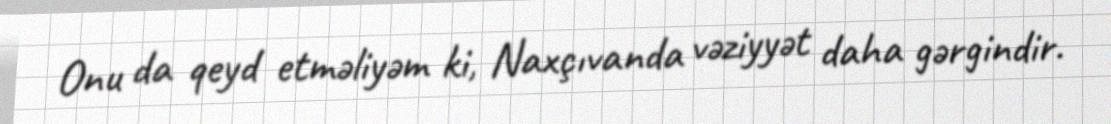
Onu da qeyd etməliyəm ki, Naxçıvanda vəziyyət daha gərgindir.